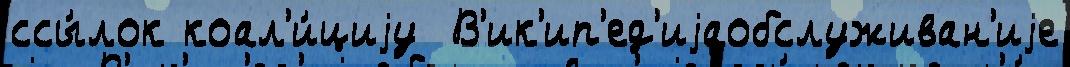
ссы́лок коал'и́циjу  В'ик'ип'ед'иjаобслуживан'иjе